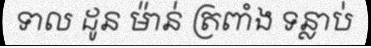
ទាល ដូន ម៉ាន់ ត្រពាំង ទន្លាប់